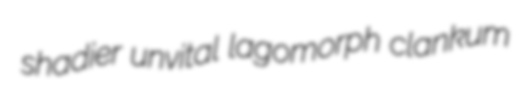
shadier unvital lagomorph clankum